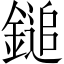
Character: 鎚